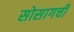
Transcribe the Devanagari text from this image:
सोसागची